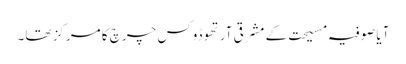
آیا صوفیہ مسیحت کے مشرقی آرتھوڈوکس چرچ کا مرکز تھا۔